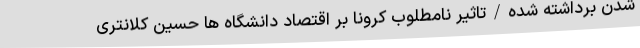
شدن برداشته شده/تاثیر نامطلوب کرونا بر اقتصاد دانشگاه ها حسین کلانتری